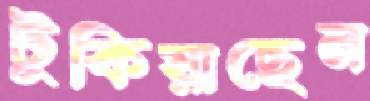
টুকিয়াছেন